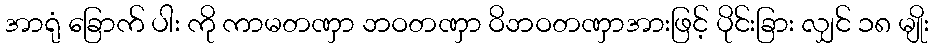
အာရုံ ခြောက် ပါး ကို ကာမတဏှာ ဘဝတဏှာ ဝိဘဝတဏှာအားဖြင့် ပိုင်းခြား လျှင် ၁၈ မျိုး